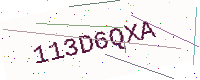
Text: 113D6QXA